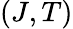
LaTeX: (J,T)